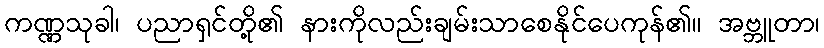
ကဏ္ဏသုခါ၊ ပညာရှင်တို့၏ နားကိုလည်းချမ်းသာစေနိုင်ပေကုန်၏။ အဗ္ဘူတာ၊